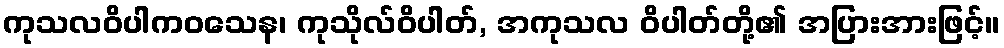
ကုသလဝိပါကဝသေန၊ ကုသိုလ်ဝိပါတ်, အကုသလ ဝိပါတ်တို့၏ အပြားအားဖြင့်။